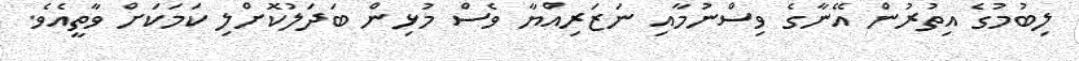
ލިބުމުގެ އިތުރުން އޭނާގެ ވިސްނުމާއި ނަޒަރިއްޔާ ވެސް މުޅިން ބަދަލުކޮށްލި ކަމަކަށް ވާތީއެވެ.